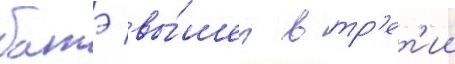
батэ вы́шел в тр'ет'ии